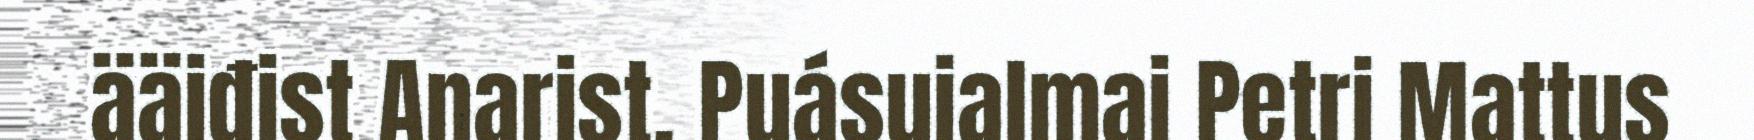
ääiđist Anarist. Puásuialmai Petri Mattus